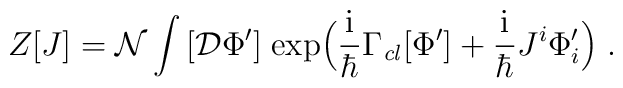
Z[J]=\mathcal{N} \int\big[\mathcal{D} \Phi'\big]\;\mbox{exp} \Big(\frac{\mathrm{i}}{\hbar} \Gamma_{\mathit{cl}}[\Phi'] + \frac{\mathrm{i}}{\hbar} J^i \Phi_i' \Big)\;.